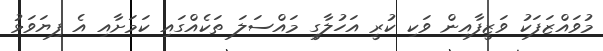
މުވައްޒަފަކު ވަޒީފާއިން ވަކި ކުރީ އަހުލާގީ މައްސަލަ ތަކެއްގައި ކަމަށާއި އެ ފިޔަވަޅު